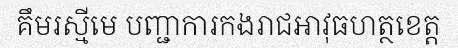
គឹមរស្មីមេ បញ្ជាការកងរាជអាវុធហត្ថខេត្ត